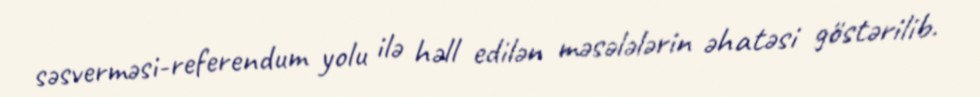
səsverməsi-referendum yolu ilə həll edilən məsələlərin əhatəsi göstərilib.